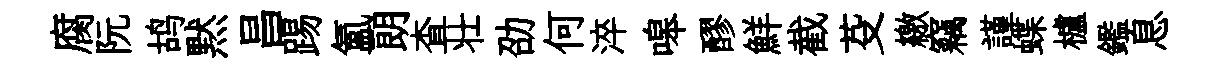
腐阮鸪黙昌踢氳朗查壮劭何淬嗥醪鮮截芟繳竊謹蝶櫨鑑息